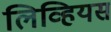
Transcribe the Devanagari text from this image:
लिव्हियस